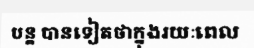
បន្ត បានទៀតថាក្នុងរយៈពេល